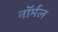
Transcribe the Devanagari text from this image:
नाॅर्मल